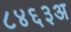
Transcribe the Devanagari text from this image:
८४६३अ